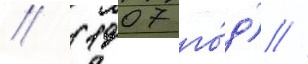
// (1907 го́д) //